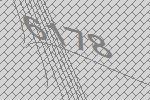
6178